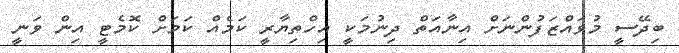
ބިދޭސީ މުވައްޒަފުންނަށް އިނާއަތް ދިނުމަކީ އިހްތިޔާރީ ކަމެއް ކަމަށް ކޮމެޓީ އިން ވަނީ